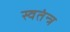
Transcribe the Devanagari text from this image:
स्वतंन्त्र